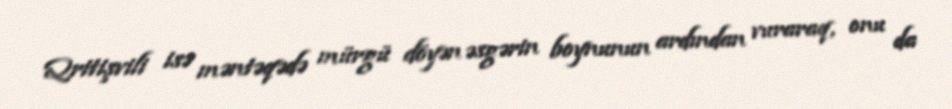
Qritişvili isə məntəqədə mürgü döyən əsgərin boynunun ardından vuraraq, onu da